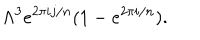
LaTeX: \Lambda ^ { 3 } e ^ { 2 \pi i j / n } ( 1 - e ^ { 2 \pi i / n } ) .